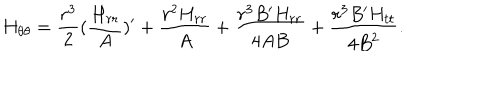
LaTeX: { H } _ { \theta \theta } = { \frac { { r } ^ { 3 } } { 2 } } ( { \frac { { H } _ { r r } } { A } } ) ^ { \prime } + { \frac { { r } ^ { 2 } { H } _ { r r } } { A } } + { \frac { { r } ^ { 3 } B ^ { \prime } { H } _ { r r } } { 4 A B } } + { \frac { { r } ^ { 3 } B ^ { \prime } { H } _ { t t } } { 4 { B } ^ { 2 } } } .